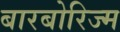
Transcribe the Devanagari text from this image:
बारबोरिज्म